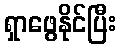
ရှာဖွေနိုင်ပြီး